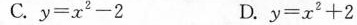
C.$$y = x ^ { 2 } - 2$$ D.$$y = x ^ { 2 } + 2$$